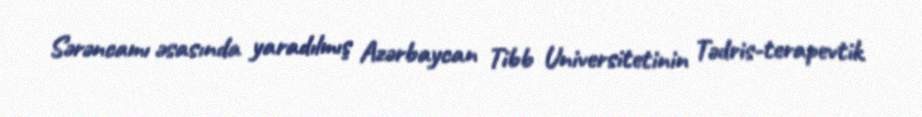
Sərəncamı əsasında yaradılmış Azərbaycan Tibb Universitetinin Tədris-terapevtik